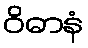
ဝိဓာနံ